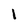
Character: 1